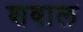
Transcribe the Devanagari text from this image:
शवाल